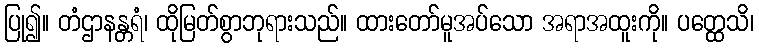
ပြု၍။ တံဌာနန္တရံ၊ ထိုမြတ်စွာဘုရားသည်။ ထားတော်မူအပ်သော အရာအထူးကို။ ပတ္ထေသိ၊